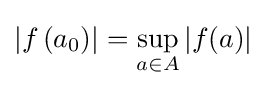
\left|f\left(a_{0}\right)\right|=\sup _{a\in A}|f(a)|